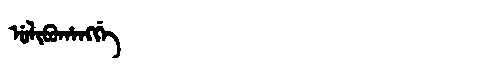
Manchu: ᡠᠯᡳᠪᡠᡥᠠᠩᡤᡝ
Romanization: ULIBUHANGGE